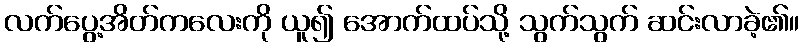
လက်ပွေ့အိတ်ကလေးကို ယူ၍ အောက်ထပ်သို့ သွက်သွက် ဆင်းလာခဲ့၏။